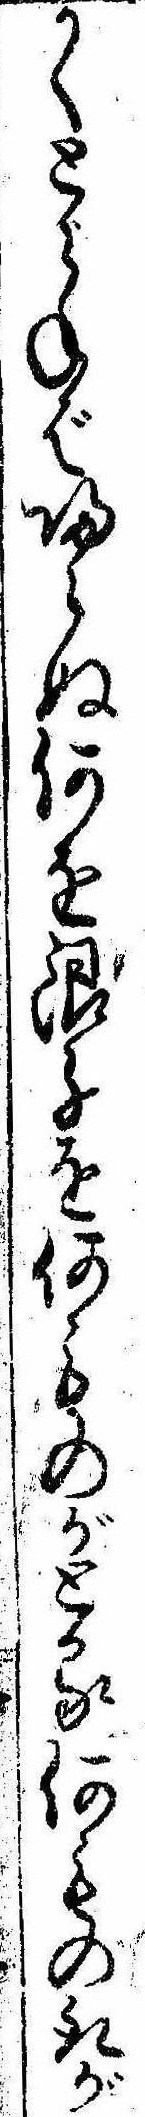
かくとらねば帰らぬ何を銀子を何ものがとる何もの取が